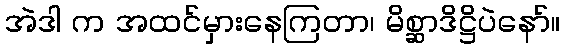
အဲဒါ က အထင်မှားနေကြတာ၊ မိစ္ဆာဒိဋ္ဌိပဲနော်။